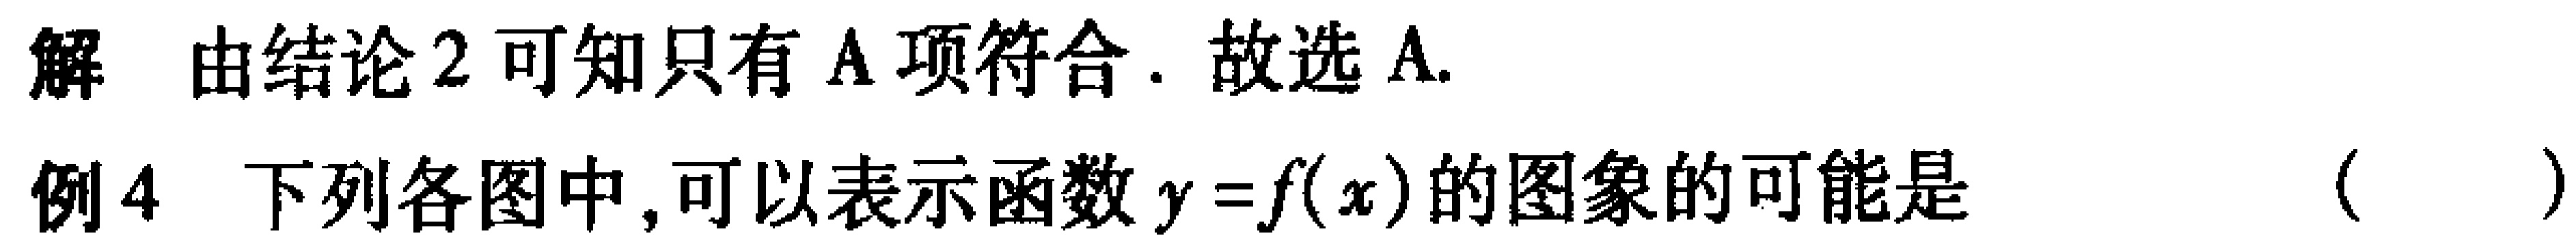
解 由结论 2 可知只有 A 项符合. 故选 A.

例 4 下列各图中,可以表示函数\(y = f(x)\)的图象的可能是 （  ）